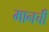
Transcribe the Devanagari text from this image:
मानची